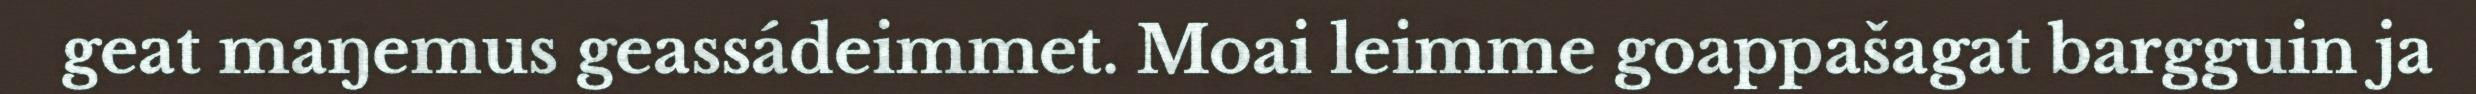
geat maŋemus geassádeimmet. Moai leimme goappašagat bargguin ja